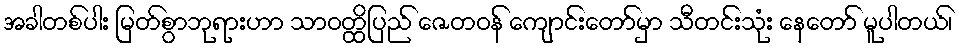
အခါတစ်ပါး မြတ်စွာဘုရားဟာ သာဝတ္ထိပြည် ဇေတဝန် ကျောင်းတော်မှာ သီတင်းသုံး နေတော် မူပါတယ်၊